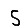
Digit: 5